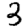
Digit: 3